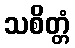
သစိတ္တံ